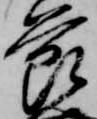
節